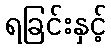
ရခြင်းနှင့်